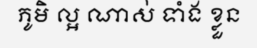
ភូមិ ល្អ ណាស់ ទាំង ខ្លួន